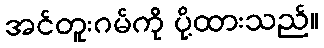
အင်တူးဂမ်ကို ပို့ထားသည်။